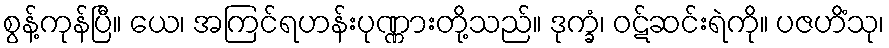
စွန့်ကုန်ပြီ။ ယေ၊ အကြင်ရဟန်းပုဏ္ဏားတို့သည်။ ဒုက္ခံ၊ ဝဋ်ဆင်းရဲကို။ ပဇဟိံသု၊